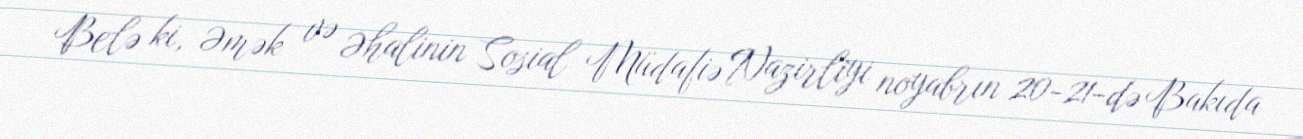
Belə ki, Əmək və Əhalinin Sosial Müdafiə Nazirliyi noyabrın 20-21-də Bakıda